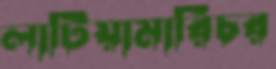
লাটিয়ামারিচর